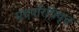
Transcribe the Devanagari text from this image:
मंदपरिधिवृत्त